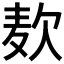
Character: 𮮅